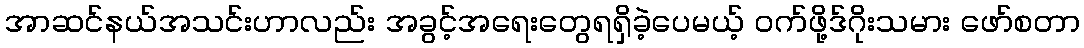
အာဆင်နယ်အသင်းဟာလည်း အခွင့်အရေးတွေရရှိခဲ့ပေမယ့် ဝက်ဖို့ဒ်ဂိုးသမား ဖော်စတာ